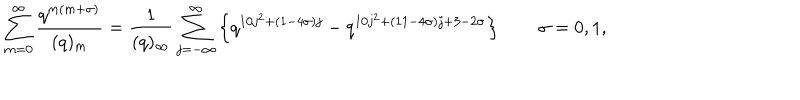
\sum _ { m = 0 } ^ { \infty } \frac { q ^ { m ( m + \sigma ) } } { ( q ) _ { m } } = \frac { 1 } { ( q ) _ { \infty } } \sum _ { j = - \infty } ^ { \infty } \left\{ q ^ { 1 0 j ^ { 2 } + ( 1 - 4 \sigma ) j } - q ^ { 1 0 j ^ { 2 } + ( 1 1 - 4 \sigma ) j + 3 - 2 \sigma } \right\} \qquad \sigma = 0 , 1 ,